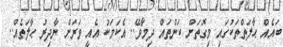
ބައެއް ޙާލަތްތަކުގައި މިގޮތަށް ކަންތައް ދިމާވޭ.. އެކަމަކު އެއީ ވަރަށް ނާދިރު ޙާލަތެއް..